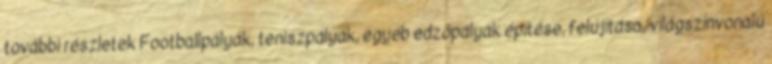
további részletek Footballpályák, teniszpályák, egyéb edzőpályák építése, felújítása, világszínvonalú